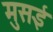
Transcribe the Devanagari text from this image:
मुसई